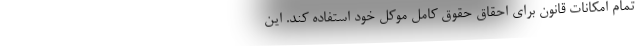
تمام امکانات قانون برای احقاق حقوق کامل موکل خود استفاده کند. این